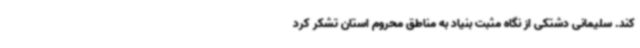
کند. سلیمانی دشتکی از نگاه مثبت بنیاد به مناطق محروم استان تشکر کرد